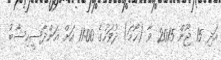
އަދި 15 ޖޫން 2015 ވާ (ހޯމަަ) ދުވަހުގެ 11:00 އަށް އަންދާސީހިސާބު